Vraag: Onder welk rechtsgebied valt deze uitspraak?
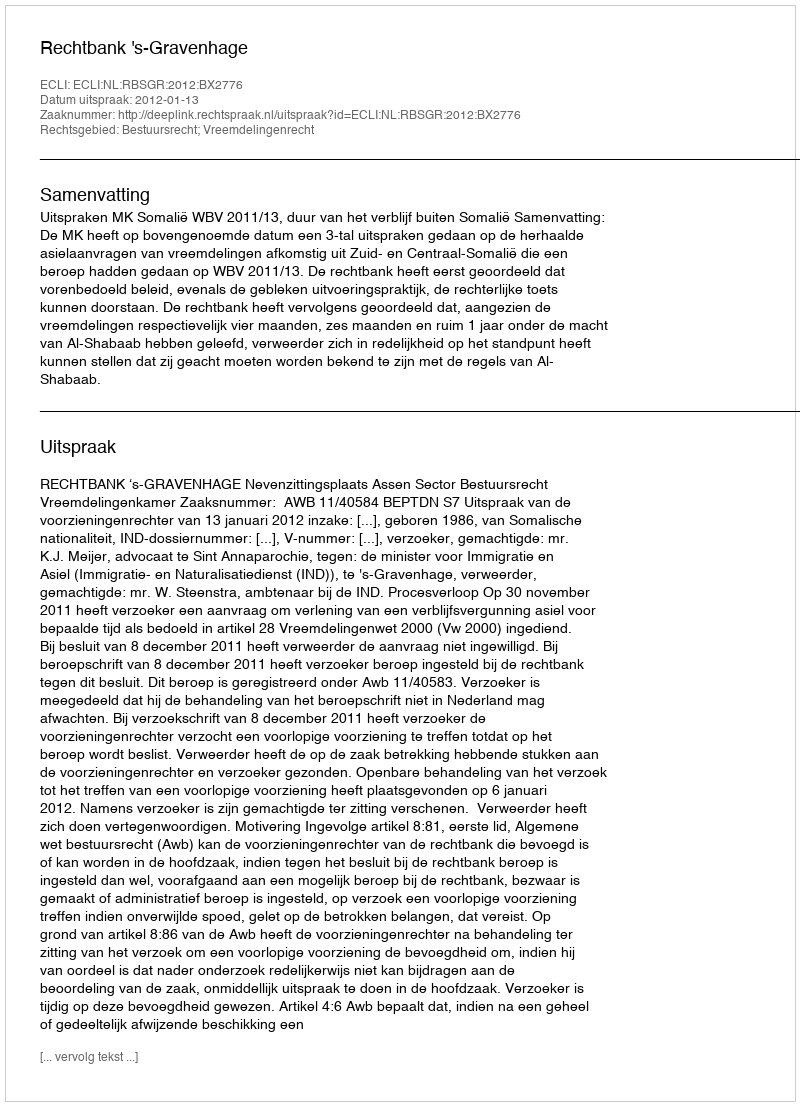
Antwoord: Bestuursrecht; Vreemdelingenrecht